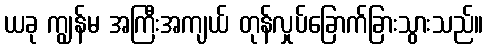
ယခု ကျွန်မ အကြီးအကျယ် တုန်လှုပ်ခြောက်ခြားသွားသည်။